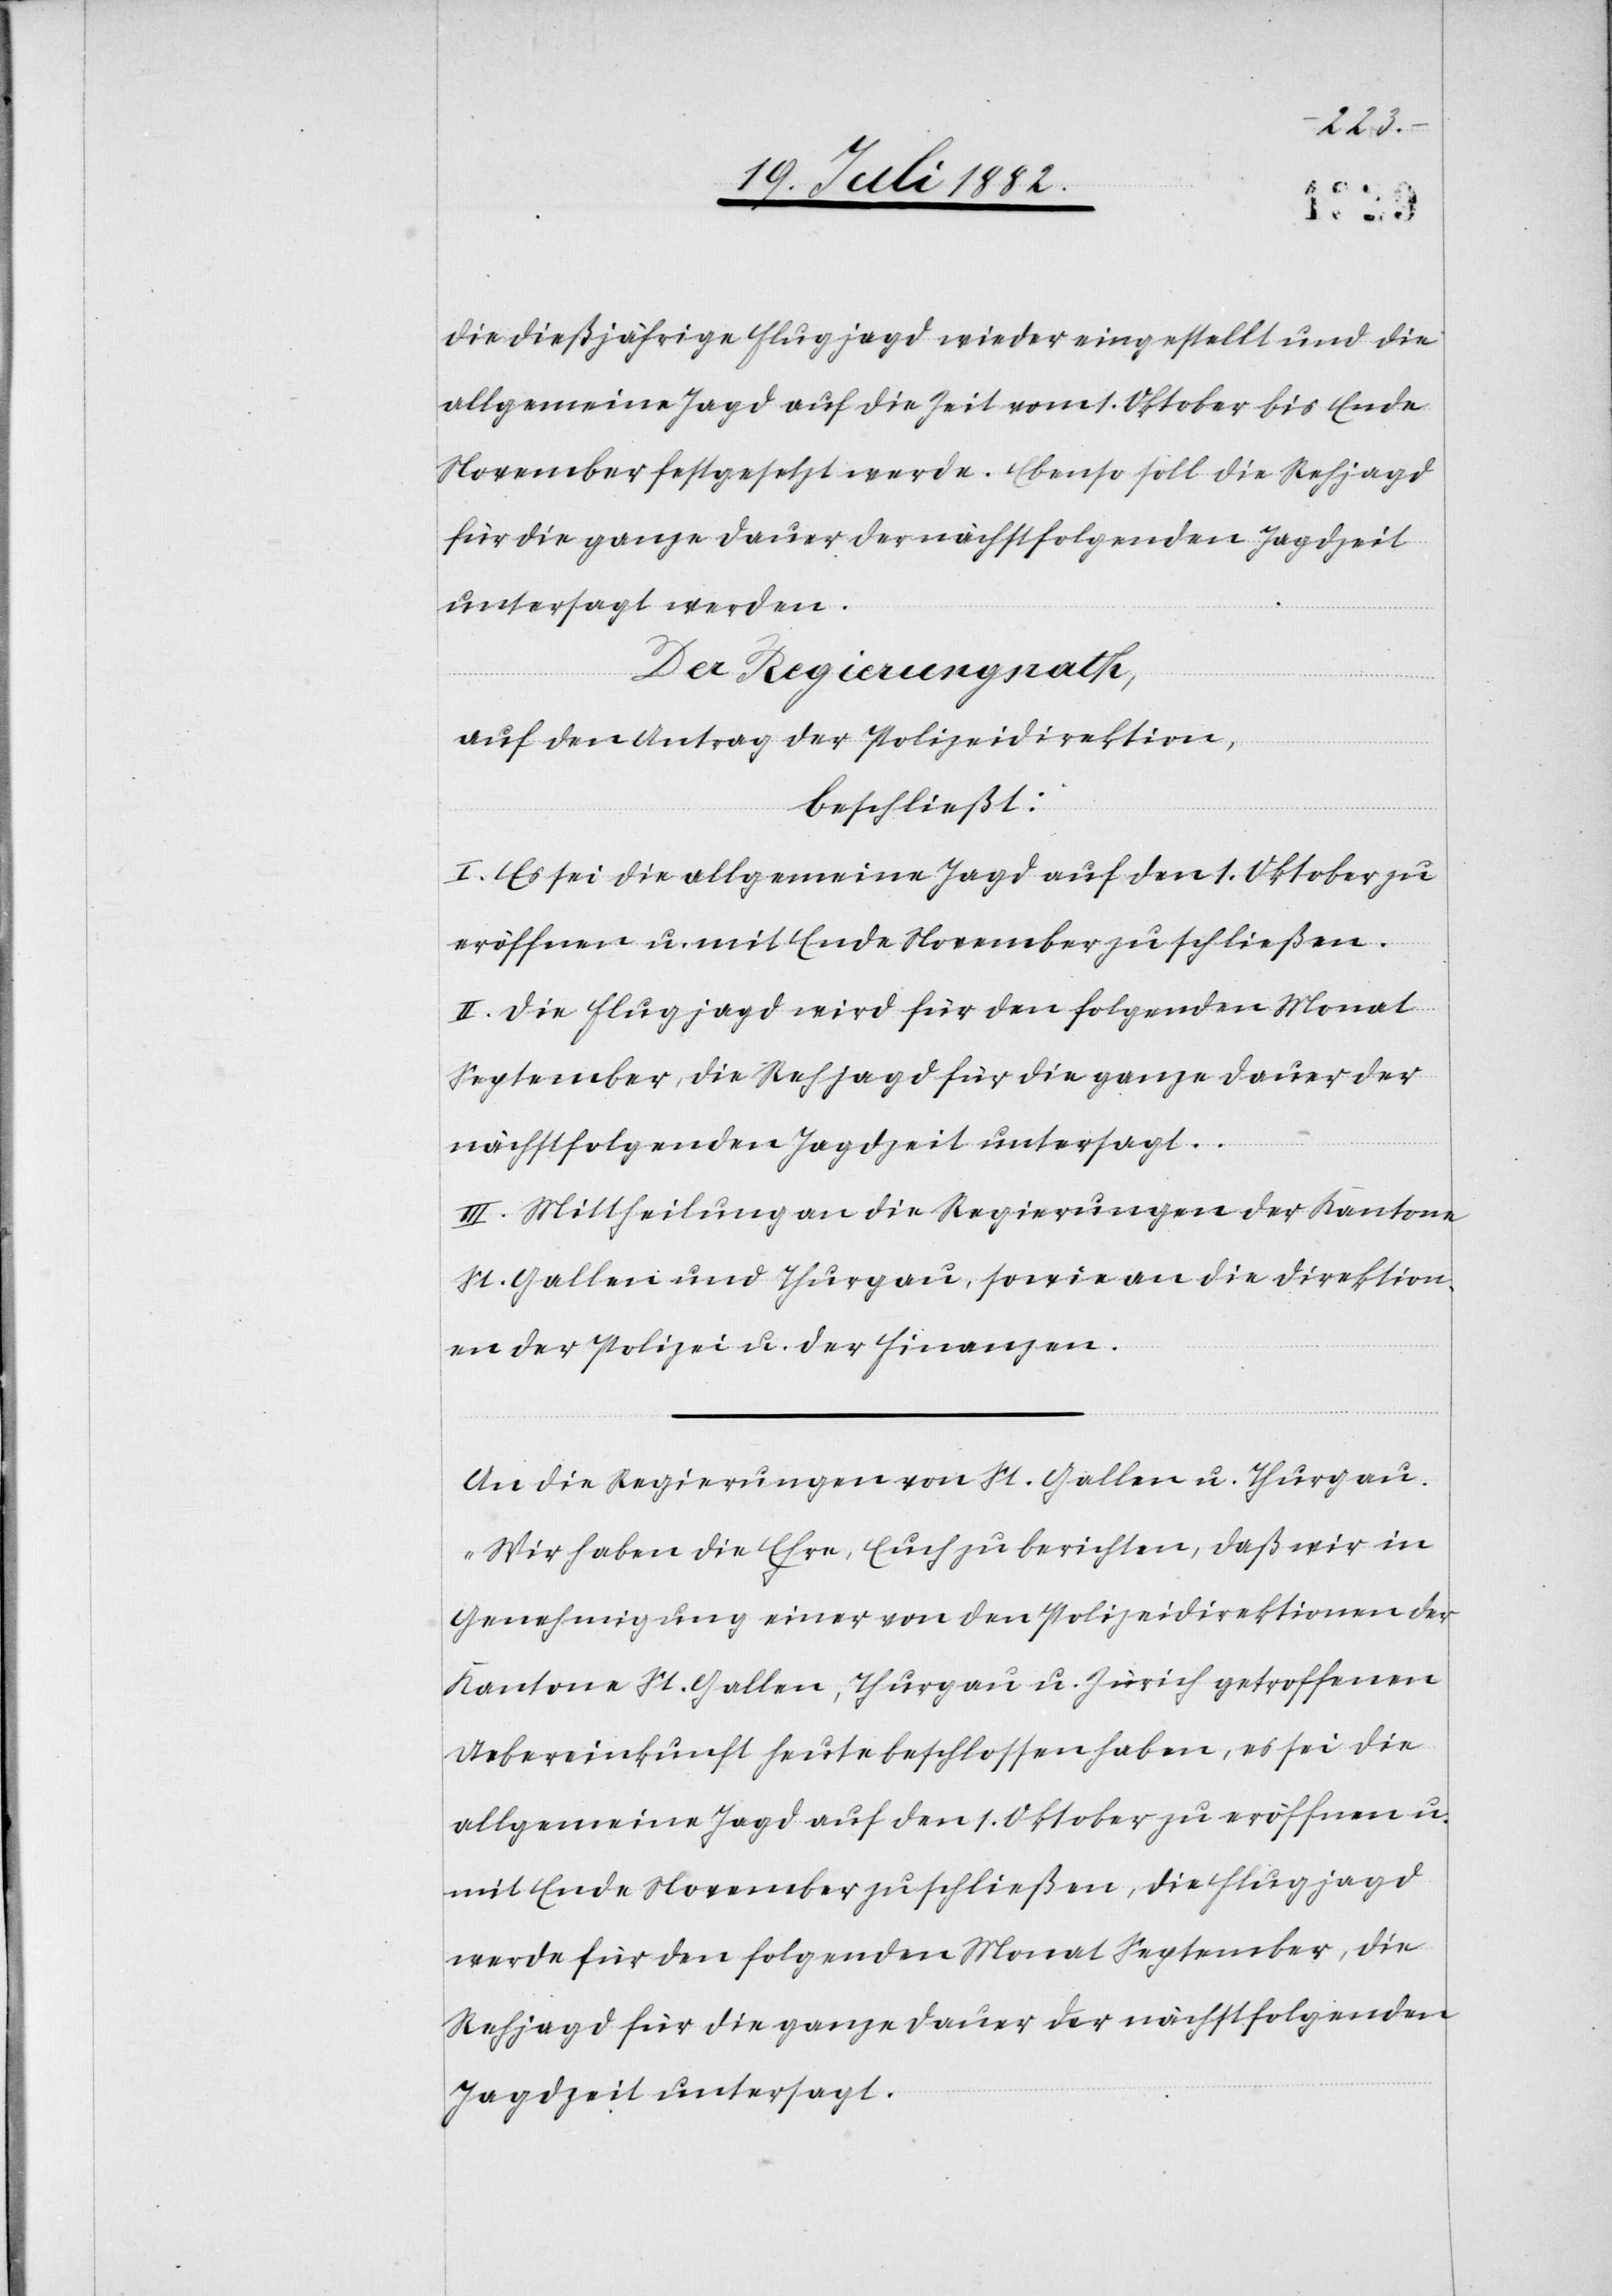
die dießjährige Flugjagd wieder eingestellt und die
allgemeine Jagd auf die Zeit vom 1. Oktober bis Ende
November festgesetzt werde. Ebenso soll die Rehjagd
für die ganze Dauer der nächstfolgenden Jagdzeit
untersagt werden.
Der Regierungsrath,
auf den Antrag der Polizeidirektion,
beschließt:
I. Es sei die allgemeine Jagd auf den 1. Oktober zu
eröffnen u. mit Ende November zu schließen.
II. Die Flugjagd wird für den folgenden Monat
September, die Rehjagd für die ganze Dauer der
nächstfolgenden Jagdzeit untersagt.
III. Mittheilung an die Regierungen der Kantone
St. Gallen und Thurgau, sowie an die Direktion¬
en der Polizei u. der Finanzen.
An die Regierungen von St. Gallen u. Thurgau.
„Wir haben die Ehre, Euch zu berichten, daß wir in
Genehmigung einer von den Polizeidirektionen der
Kantone St. Gallen, Thurgau u. Zürich getroffenen
Uebereinkunft heute beschlossen haben, es sei die
allgemeine Jagd auf den 1. Oktober zu eröffnen u.
mit Ende November zu schließen, die Flugjagd
werde für den folgenden Monat September, die
Rehjagd für die ganze Dauer der nächstfolgenden
Jagdzeit untersagt.